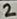
Text: 2